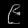
Digit: ၉